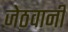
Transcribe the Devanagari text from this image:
जेठवानी